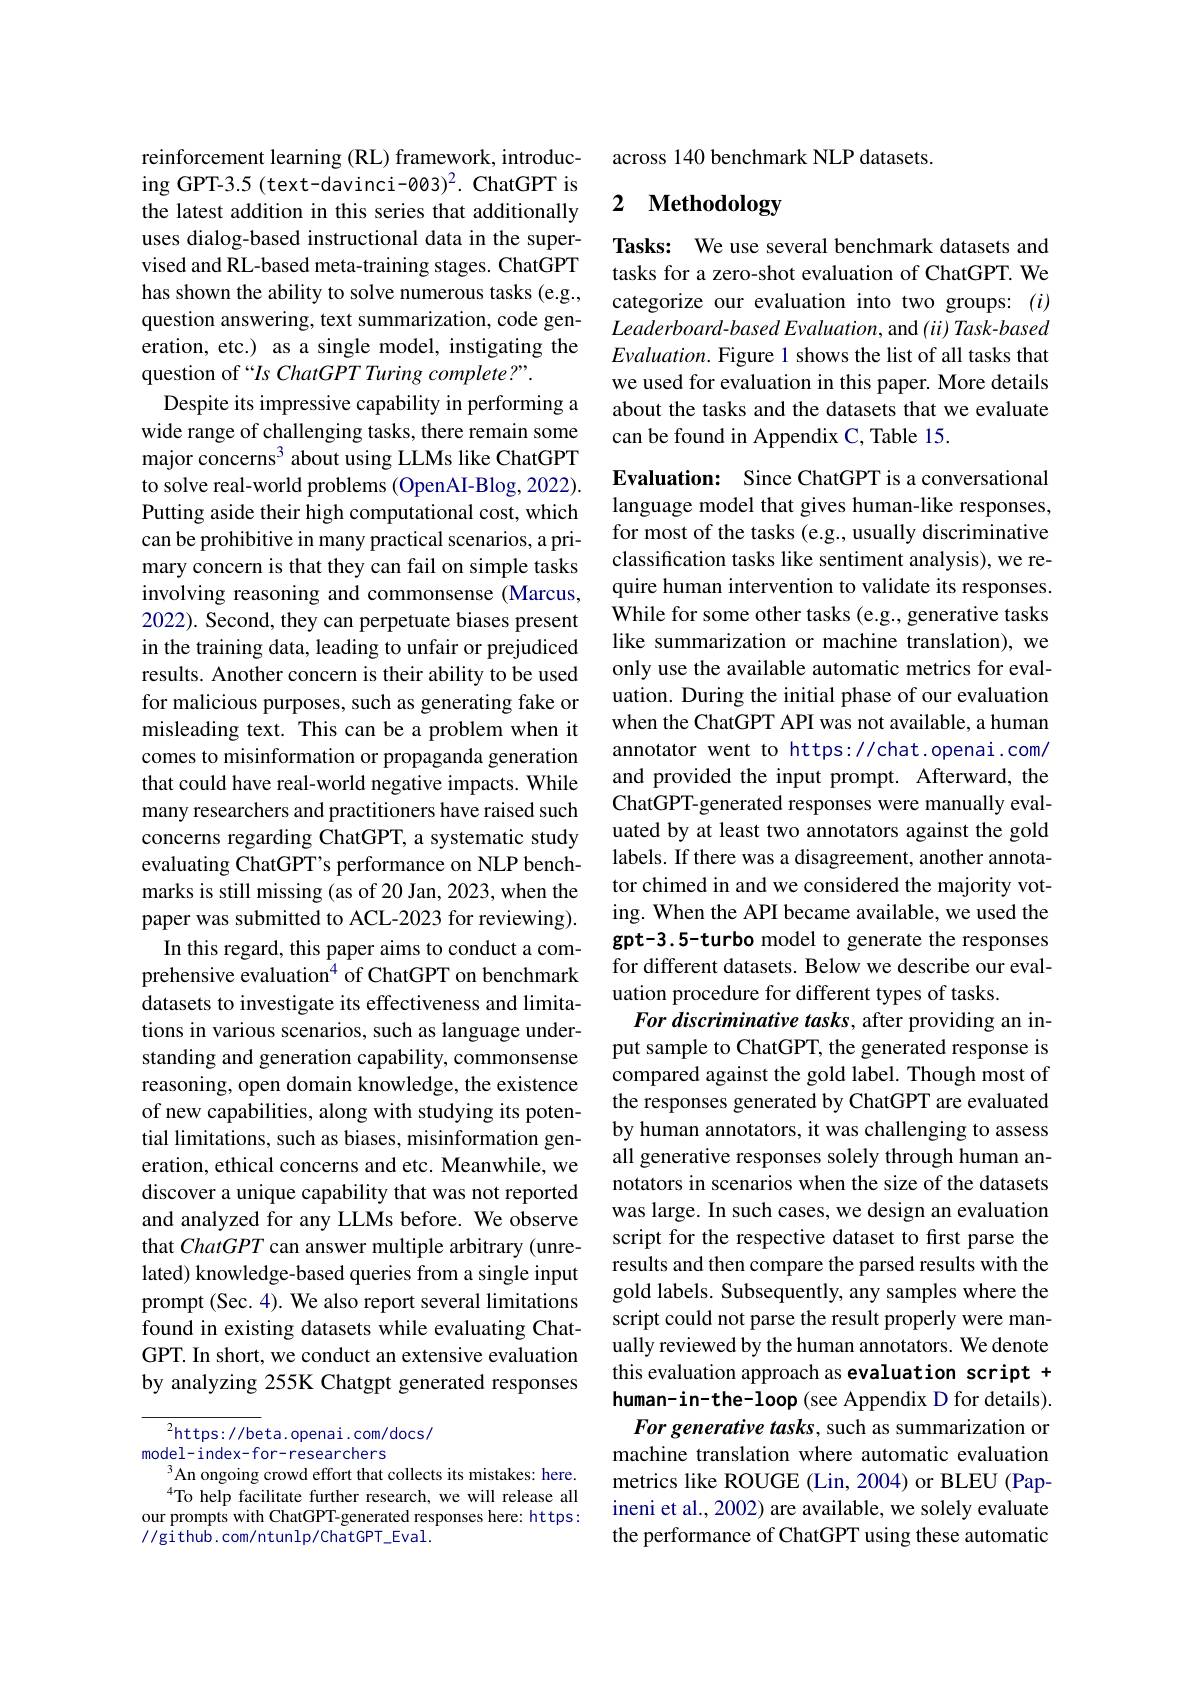
reinforcement learning (RL) framework, introducing GPT-3.5 (text-davinci-003)2. ChatGPT is the latest addition in this series that additionally uses dialog-based instructional data in the supervised and RL-based meta-training stages. ChatGPT has shown the ability to solve numerous tasks (e.g., question answering, text summarization, code generation, etc.) as a single model, instigating the question of “Is ChatGPT Turing complete?”.
Despite its impressive capability in performing a wide range of challenging tasks, there remain some major concerns$^3$ about using LLMs like ChatGPT to solve real-world problems (OpenAI-Blog, 2022). Putting aside their high computational cost, which can be prohibitive in many practical scenarios, a primary concern is that they can fail on simple tasks involving reasoning and commonsense (Marcus, 2022). Second, they can perpetuate biases present in the training data, leading to unfair or prejudiced results. Another concern is their ability to be used for malicious purposes, such as generating fake or misleading text. This can be a problem when it comes to misinformation or propaganda generation that could have real-world negative impacts. While many researchers and practitioners have raised such concerns regarding ChatGPT, a systematic study evaluating ChatGPT's performance on NLP benchmarks is still missing (as of 20 Jan, 2023, when the paper was submitted to ACL-2023 for reviewing).
In this regard, this paper aims to conduct a comprehensive evaluation$^{4}$ of ChatGPT on benchmark datasets to investigate its effectiveness and limitations in various scenarios, such as language understanding and generation capability, commonsense reasoning, open domain knowledge, the existence of new capabilities, along with studying its potential limitations, such as biases, misinformation generation, ethical concerns and etc. Meanwhile, we discover a unique capability that was not reported and analyzed for any LLMs before. We observe that ChatGPT can answer multiple arbitrary (unrelated) knowledge-based queries from a single input prompt (Sec. 4). We also report several limitations found in existing datasets while evaluating ChatGPT. In short, we conduct an extensive evaluation by analyzing 255K Chatgpt generated responses

$^{2}$https://beta.openai.com/docs/
model-index-for-researchers
An ongoing crowd effort that collects its mistakes: here. $^{4}$To help facilitate further research, we will release all
our prompts with ChatGPT-generated responses here: https:
//github.com/ntunlp/ChatGPT\_Eval.

across 140 benchmark NLP datasets.

# 2 Methodology

Tasks: We use several benchmark datasets and tasks for a zero-shot evaluation of ChatGPT. We categorize our evaluation into two groups: (i) $Leaderboard-basedEvaluation$, and $( ii) \textit{Task- based}$ $Evaluation.$ Figure 1 shows the list of all tasks that we used for evaluation in this paper. More details about the tasks and the datasets that we evaluate can be found in Appendix C, Table 15.

Evaluation: Since ChatGPT is a conversational language model that gives human-like responses, for most of the tasks (e.g., usually discriminative classification tasks like sentiment analysis), we require human intervention to validate its responses. While for some other tasks (e.g., generative tasks like summarization or machine translation), we only use the available automatic metrics for evaluation. During the initial phase of our evaluation when the ChatGPT API was not available, a human annotator went to https://chat.openai.com/ and provided the input prompt. Afterward, the ChatGPT-generated responses were manually evaluated by at least two annotators against the gold labels. If there was a disagreement, another annotator chimed in and we considered the majority voting. When the API became available, we used the gpt-3.5-turbo model to generate the responses for different datasets. Below we describe our evaluation procedure for different types of tasks.
For discriminative tasks, after providing an input sample to ChatGPT, the generated response is compared against the gold label. Though most of the responses generated by ChatGPT are evaluated by human annotators, it was challenging to assess all generative responses solely through human annotators in scenarios when the size of the datasets was large. In such cases, we design an evaluation script for the respective dataset to first parse the results and then compare the parsed results with the gold labels. Subsequently, any samples where the script could not parse the result properly were manually reviewed by the human annotators. We denote this evaluation approach as evaluation script + human-in-the-loop (see Appendix D for details). For generative tasks, such as summarization or machine translation where automatic evaluation metrics like ROUGE (Lin, 2004) or BLEU (Papineni et al., 2002) are available, we solely evaluate the performance of ChatGPT using these automatic